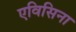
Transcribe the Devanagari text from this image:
एविसिना